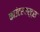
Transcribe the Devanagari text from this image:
काउंटरपार्ट्स